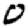
Digit: 0